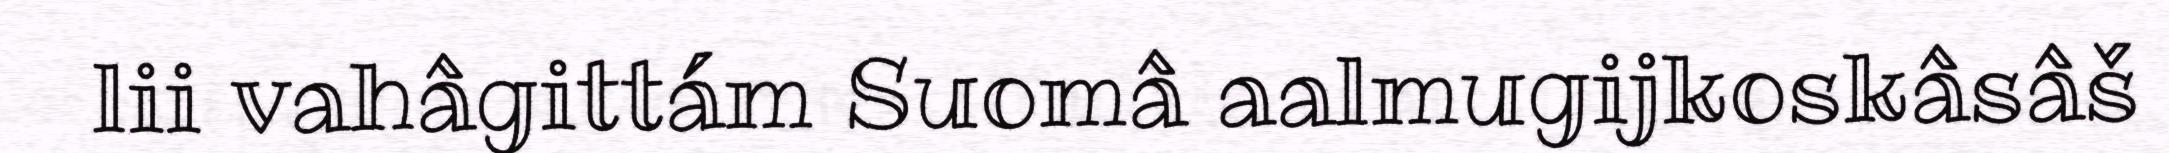
lii vahâgittám Suomâ aalmugijkoskâsâš